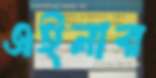
এইনার